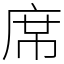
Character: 席